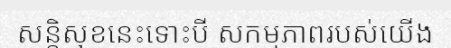
សន្តិសុខនេះទោះបី សកម្មភាពរបស់យើង